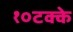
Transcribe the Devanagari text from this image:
१०टक्के